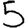
Digit: 5